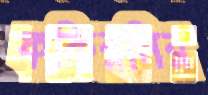
ফকিরনির